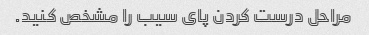
مراحل درست کردن پای سیب را مشخص کنید.